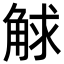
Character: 觩